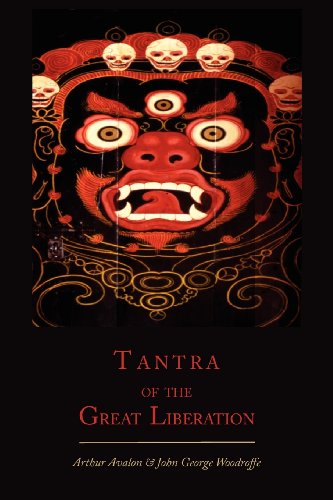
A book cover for Tantra of the Great Liberation [Mahanirvana Tantra]; Arthur Avalon; Religion & Spirituality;